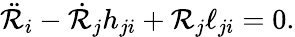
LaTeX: \ddot{\mathcal{R}}_{i}-\dot{\mathcal{R}}_{j}h_{ji}+\mathcal{R}_{j}\ell_{ji}=0.